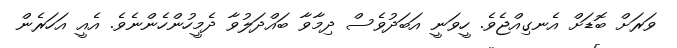
ވަރަށް ބޮޑަށް އެނގިއްޖެވެ. ހީވަނީ އަބަދުވެސް ދިމާވާ ބައްދަލުވާ ދެމީހުންހެންނެވެ. އެއީ އަހަރެން